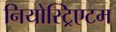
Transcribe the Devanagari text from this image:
नियोस्ट्रिएटम